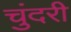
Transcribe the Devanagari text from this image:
चुंदरी